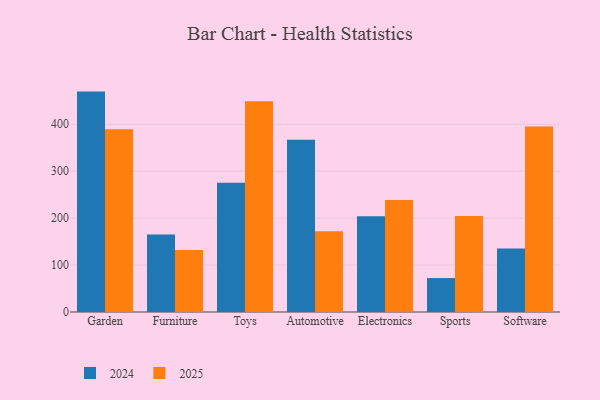
{"axis": {"x": "Category", "y": "Revenue (USD Million)"}, "legend": ["2024", "2025"], "data": [{"x": "Garden", "y": 389.3, "type": "2025"}, {"x": "Garden", "y": 469.6, "type": "2024"}, {"x": "Furniture", "y": 131.9, "type": "2025"}, {"x": "Furniture", "y": 165.3, "type": "2024"}, {"x": "Toys", "y": 448.8, "type": "2025"}, {"x": "Toys", "y": 275.5, "type": "2024"}, {"x": "Automotive", "y": 172.0, "type": "2025"}, {"x": "Automotive", "y": 367.2, "type": "2024"}, {"x": "Electronics", "y": 238.4, "type": "2025"}, {"x": "Electronics", "y": 204.1, "type": "2024"}, {"x": "Sports", "y": 204.8, "type": "2025"}, {"x": "Sports", "y": 72.3, "type": "2024"}, {"x": "Software", "y": 395.5, "type": "2025"}, {"x": "Software", "y": 135.5, "type": "2024"}]}